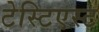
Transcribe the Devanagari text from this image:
टेस्टिएस्ट